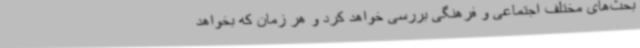
بحث‌های مختلف اجتماعی و فرهنگی بررسی خواهد کرد و هر زمان که بخواهد